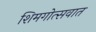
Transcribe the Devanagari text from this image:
शिमगोत्सवात